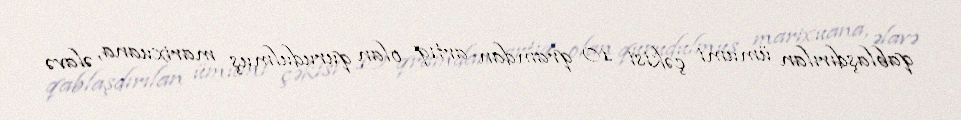
qablaşdırılan ümumi çəkisi 10 qramdan artıq olan qurudulmuş marixuana, əlavə